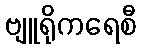
ဗျူရိုကရေစီ